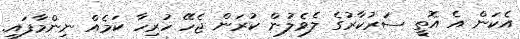
އެކަން އެ އޮތީ ސަރުކާރުގެ ލެވެލުން ކުރަން ޖެހޭ ހުރިހާ ކަމެއް ނިންމާފައި.